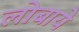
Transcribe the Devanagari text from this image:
लोबाये